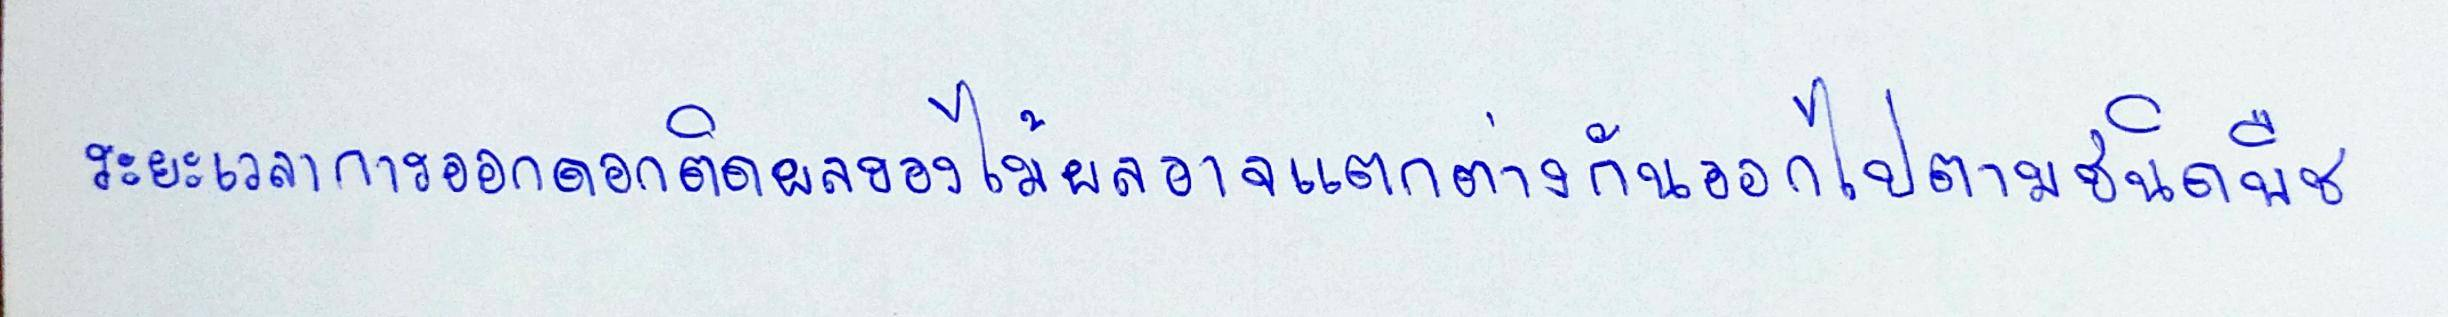
ระยะเวลาการออกดอกติดผลของไม้ผลอาจแตกต่างกันออกไปตามชนิดพืช